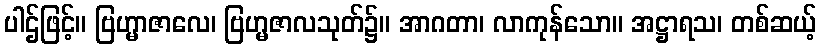
ပါဌ်ဖြင့်။ ဗြဟ္မာဇာလေ၊ ဗြဟ္မဇာလသုတ်၌။ အာဂတာ၊ လာကုန်သော။ အဋ္ဌာရသ၊ တစ်ဆယ့်